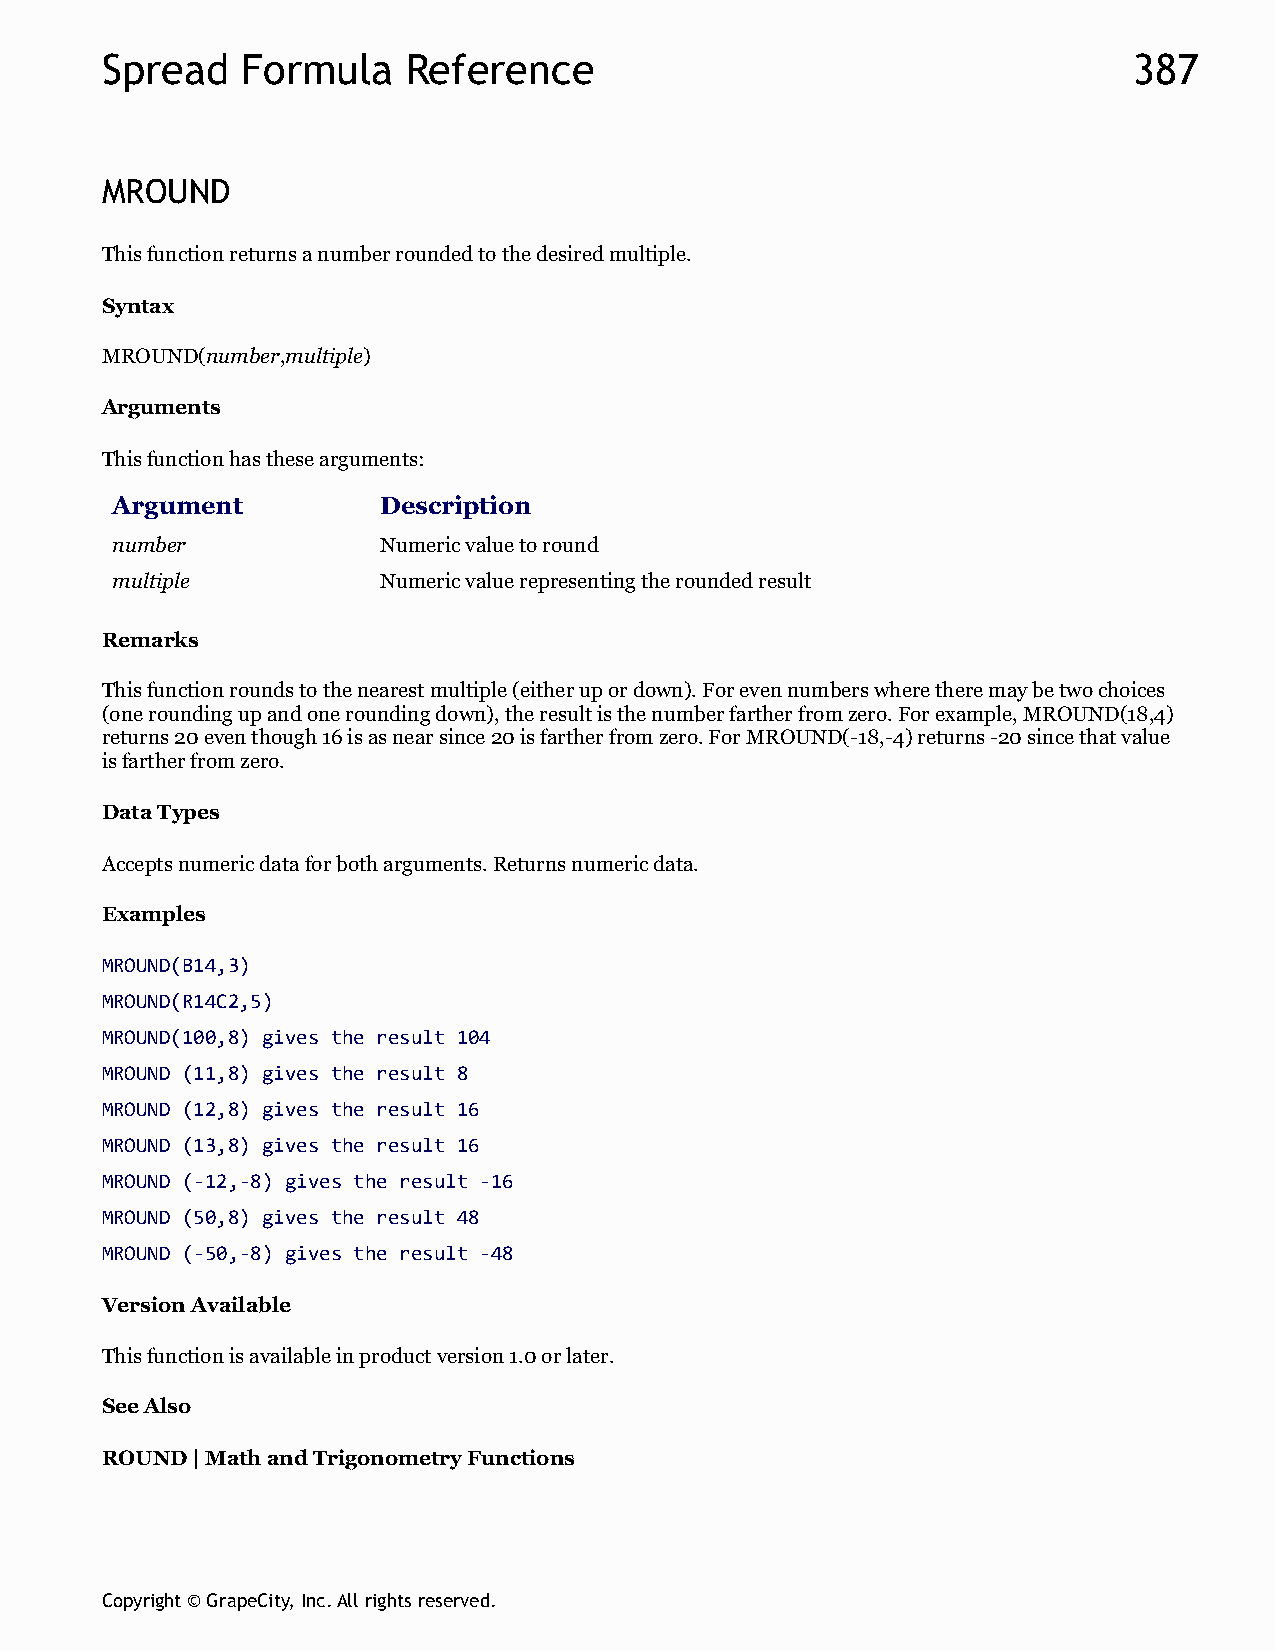
Spread   Formula    Reference                                       387
 MROUND
 This function returns a number rounded to the desired multiple.
 Syntax
 MROUND(number,multiple)
 Arguments
 This function has these arguments:
 Argument          Description
 number            Numeric value to round
 multiple          Numeric value representing the rounded result
 Remarks
 This function rounds to the nearest multiple (either up or down). For even numbers where there may be two choices
 (one rounding up and one rounding down), the result is the number farther from zero. For example, MROUND(18,4)
 returns 20 even though 16 is as near since 20 is farther from zero. For MROUND(-18,-4) returns -20 since that value
 is farther from zero.
 Data Types
 Accepts numeric data for both arguments. Returns numeric data.
 Examples
 MROUND(B14,3)
 MROUND(R14C2,5)
 MROUND(100,8) gives the result 104
 MROUND (11,8) gives the result 8
 MROUND (12,8) gives the result 16
 MROUND (13,8) gives the result 16
 MROUND (-12,-8) gives the result -16
 MROUND (50,8) gives the result 48
 MROUND (-50,-8) gives the result -48
 Version Available
 This function is available in product version 1.0 or later.
 See Also
 ROUND | Math and Trigonometry Functions
 Copyright © GrapeCity, Inc. All rights reserved.